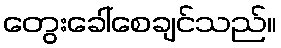
တွေးခေါ်စေချင်သည်။